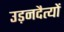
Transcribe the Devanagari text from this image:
उड़नदैत्यों